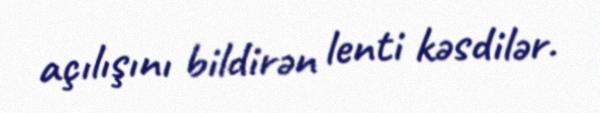
açılışını bildirən lenti kəsdilər.